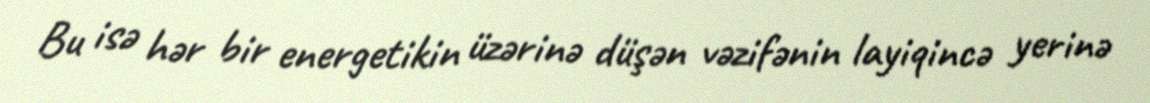
Bu isə hər bir energetikin üzərinə düşən vəzifənin layiqincə yerinə